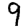
Digit: 9